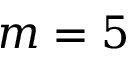
m = 5